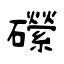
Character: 礯